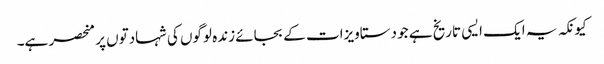
کیونکہ یہ ایک ایسی تاریخ ہے جو دستاویزات کے بجائے زندہ لوگوں کی شہادتوں پر منحصر ہے۔